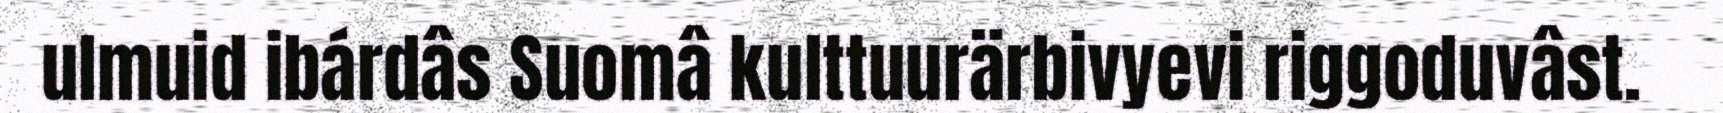
ulmuid ibárdâs Suomâ kulttuurärbivyevi riggoduvâst.